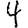
Digit: 4